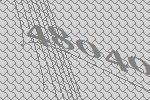
48040